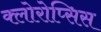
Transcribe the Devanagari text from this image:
क्लोरोप्सिस